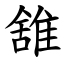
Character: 䧾